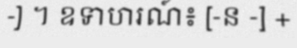
-] ។ ឧទាហរណ៍៖ [-ន -] +